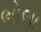
ભોલા